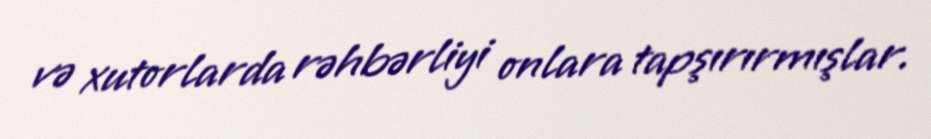
və xutorlarda rəhbərliyi onlara tapşırırmışlar.